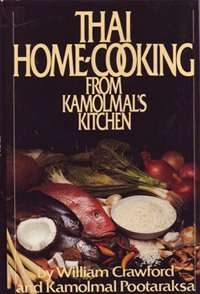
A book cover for Thai Home Cooking from Kamolmal's Kitchen; William Crawford; Cookbooks, Food & Wine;